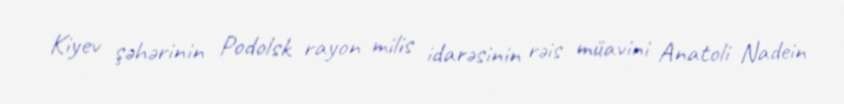
Kiyev şəhərinin Podolsk rayon milis idarəsinin rəis müavini Anatoli Nadein